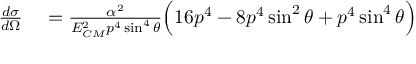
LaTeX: \begin{array} { r l } { { \frac { d \sigma } { d \Omega } } } & { { } = { \frac { \alpha ^ { 2 } } { E _ { C M } ^ { 2 } p ^ { 4 } \sin ^ { 4 } \theta } } { \Big ( } 1 6 p ^ { 4 } - 8 p ^ { 4 } \sin ^ { 2 } \theta + p ^ { 4 } \sin ^ { 4 } \theta { \Big ) } } \end{array}